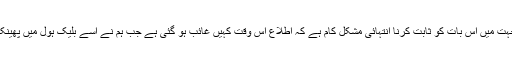
چار جہت میں اس بات کو ثابت کرنا انتہائی مشکل کام ہے کہ اطلاع اس وقت کہیں غائب ہو گئی ہے جب ہم نے اسے بلیک ہول میں پھینکا ہے ۔